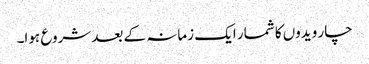
چار ویدوں کا شمار ایک زمانہ کے بعد شروع ہوا۔